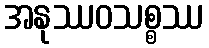
အနုဿဝသစ္စဿ